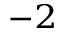
^ { - 2 }